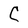
Character: C